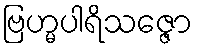
ဗြဟ္မပါရိသဇ္ဇော